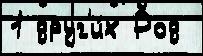
1 друг'и́х Род